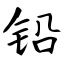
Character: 铅